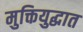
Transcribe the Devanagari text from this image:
मुक्तियुद्धात